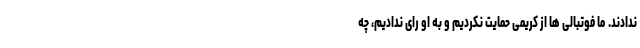
ندادند. ما فوتبالی ها از کریمی حمایت نکردیم و به او رای ندادیم، چه